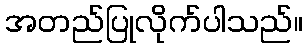
အတည်ပြုလိုက်ပါသည်။